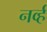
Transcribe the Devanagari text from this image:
नर्व्ह